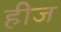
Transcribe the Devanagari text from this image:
हीज